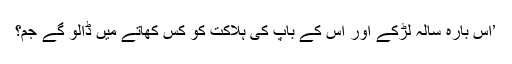
’اس بارہ سالہ لڑکے اور اس کے باپ کی ہلاکت کو کس کھاتے میں ڈالو گے جم؟